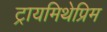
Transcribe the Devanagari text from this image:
ट्रायमिथेप्रिम